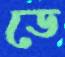
ডে